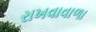
રાખવાવાળા